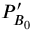
{ { { { P } } } _ { { { B } _ { 0 } } } ^ { \prime } }